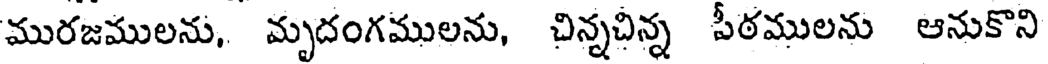
మురజములను, మృదంగములను, చిన్నచిన్న పీఠములను ఆనుకొని